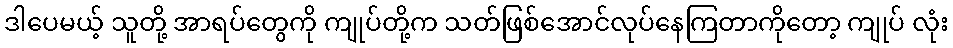
ဒါပေမယ့် သူတို့ အာရပ်တွေကို ကျုပ်တို့က သတ်ဖြစ်အောင်လုပ်နေကြတာကိုတော့ ကျုပ် လုံး